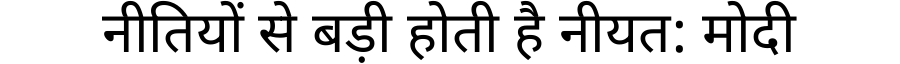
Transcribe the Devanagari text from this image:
नीतियों से बड़ी होती है नीयत: मोदी